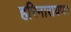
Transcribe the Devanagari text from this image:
हरिनारायण।